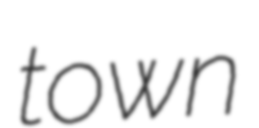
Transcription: town